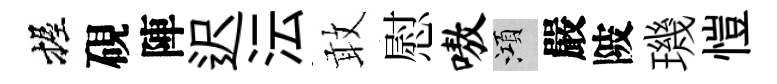
握硯陣迟沄敢慰嗷澒嚴陂璣愷